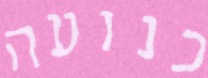
כנועה